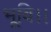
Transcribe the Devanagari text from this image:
भूवि।।